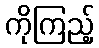
ကိုကြည့်